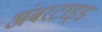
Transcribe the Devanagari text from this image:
अंबरटाइड